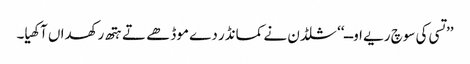
’’تسی کی سوچ ریے اوــ‘‘ شلڈن نے کمانڈر دے موڈھے تے ہتھ رکھداں آکھیا۔